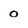
Character: o